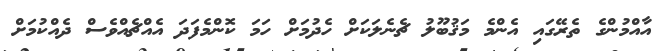
އާއްމުންގެ ތެރޭގައި އެންމެ މަޤުބޫލު ޗެނެލަކަށް ހެދުމަށް ހަމަ ކޮންމެފަދަ އެއްޗެއްވެސް ދެއްކުމަށް